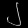
Digit: ၂